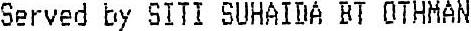
SERVED BY SITI SUHAIDA BT OTHMAN